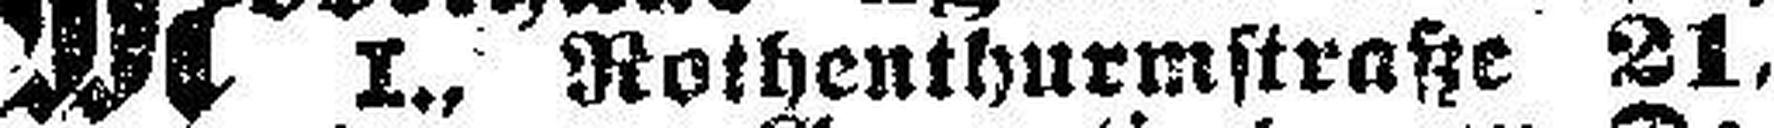
I., Rothenthurmstraße 21,